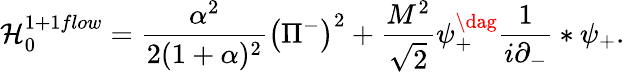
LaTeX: {\cal H}_{0}^{1+1flow}=\frac{\alpha^{2}}{2(1+\alpha)^{2}}\left(\Pi^{-}\right)^{2}+\frac{M^{2}}{\sqrt{2}}\psi_{+}^{\dag}\frac{1}{i\partial_{-}}*\psi_{+}.